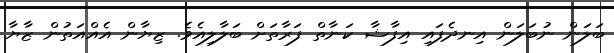
ބަލަން ނުބަލަން އިނދެފައި އިފާޝާ ކަނާތް ފަރާތަށް ބަލާލިއެވެ. ޒިޔާން އެއްއަތުން ޒާޔާ